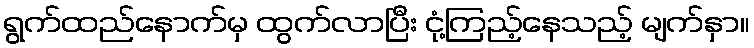
ရွက်ထည်နောက်မှ ထွက်လာပြီး ငုံ့ကြည့်နေသည့် မျက်နှာ။